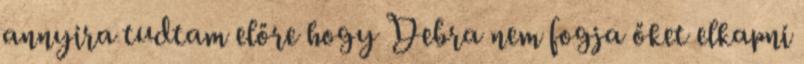
annyira tudtam előre hogy Debra nem fogja őket elkapni